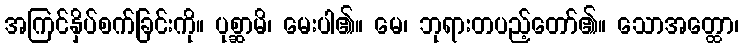
အကြင်နှိပ်စက်ခြင်းကို။ ပုစ္ဆာမိ၊ မေးပါ၏။ မေ၊ ဘုရားတပည့်တော်၏။ သောအတ္ထော၊